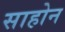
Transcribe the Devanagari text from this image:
साहोन